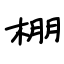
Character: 棚